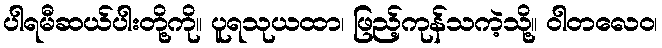
ပါရမီဆယ်ပါးတို့ကို။ ပူရသုယထာ၊ ဖြည့်ကုန်သကဲ့သို့။ ဝါတလေဝ၊